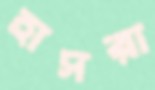
হাসরা